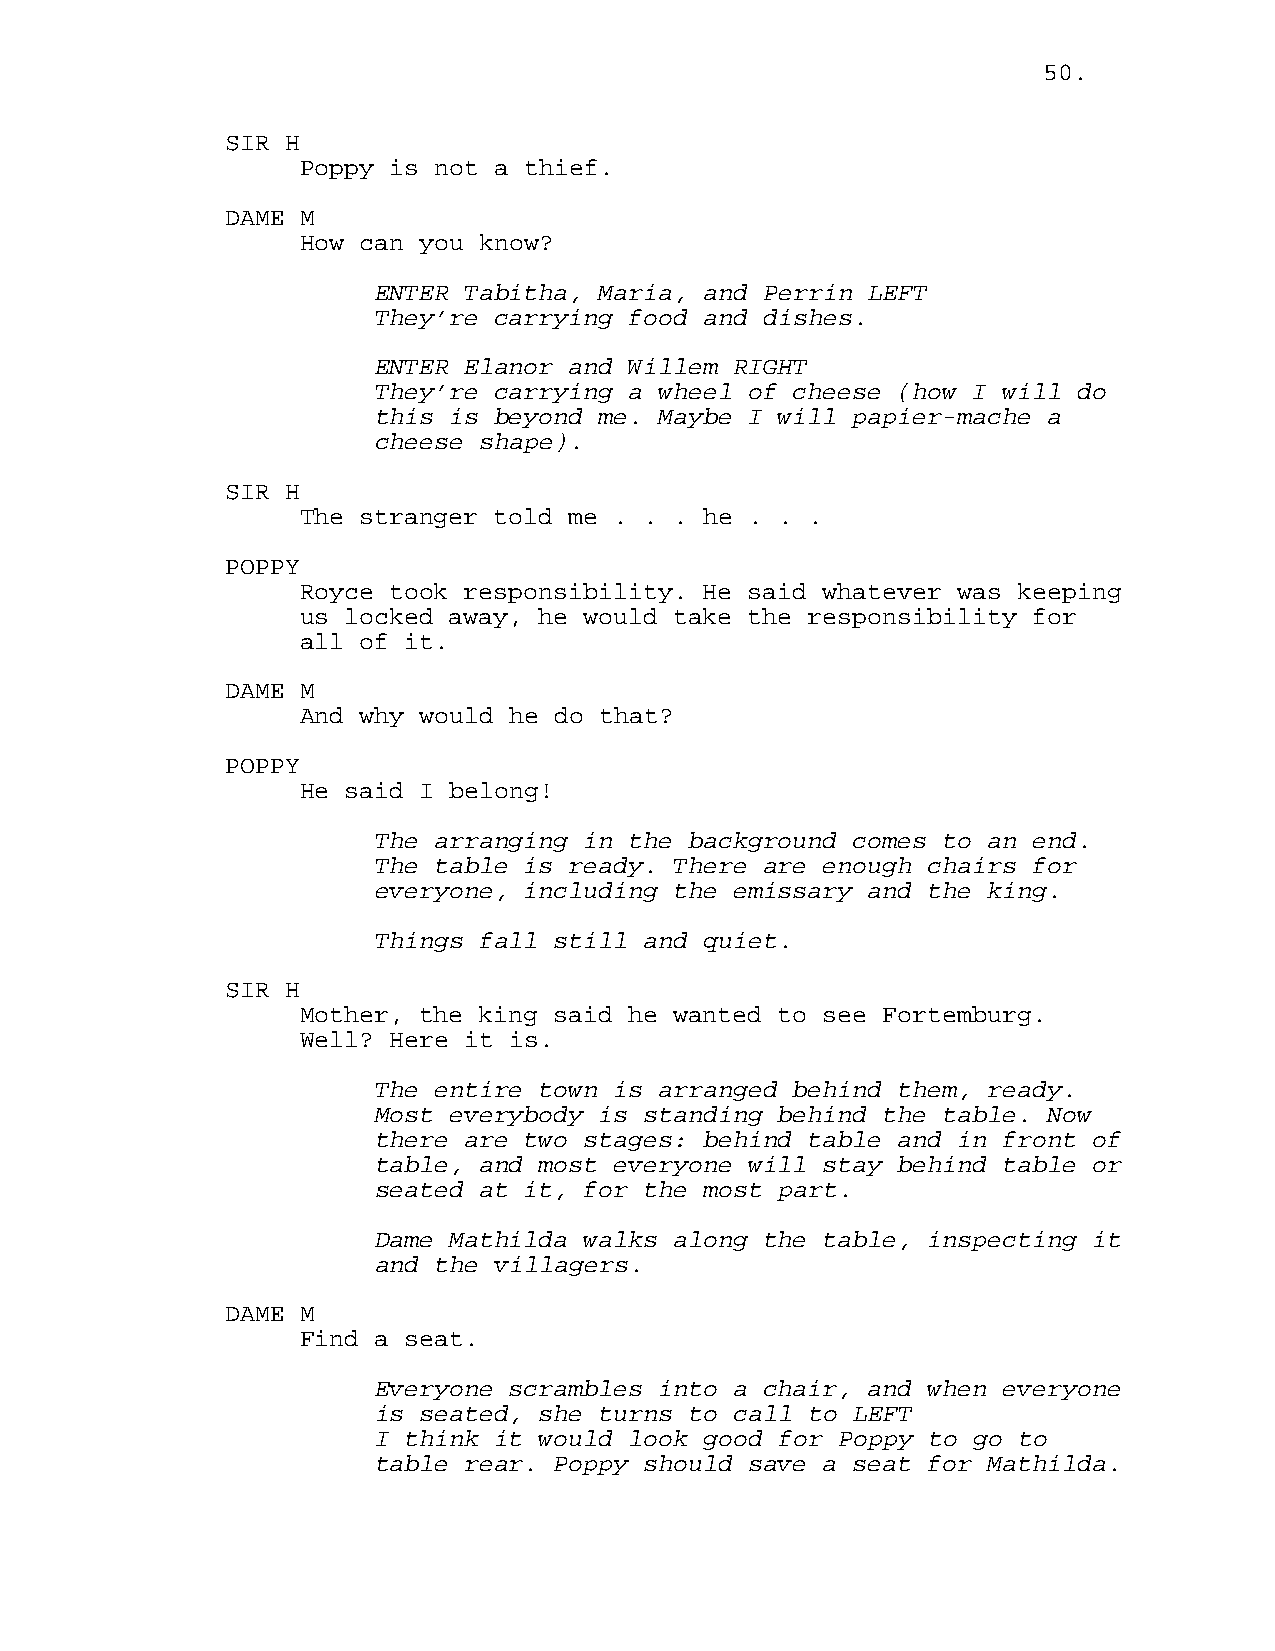
50.
 SIR H
 Poppy is not a thief.
 DAME M
 How can you know?
 ENTER Tabitha, Maria, and Perrin LEFT
 They’re carrying food and dishes.
 ENTER Elanor and Willem RIGHT
 They’re carrying a wheel of cheese (how I will do
 this is beyond me. Maybe I will papier-mache a
 cheese shape).
 SIR H
 The stranger told me . . . he . . .
 POPPY
 Royce took responsibility. He said whatever was keeping
 us locked away, he would take the responsibility for
 all of it.
 DAME M
 And why would he do that?
 POPPY
 He said I belong!
 The arranging in the background comes to an end.
 The table is ready. There are enough chairs for
 everyone, including the emissary and the king.
 Things fall still and quiet.
 SIR H
 Mother, the king said he wanted to see Fortemburg.
 Well? Here it is.
 The entire town is arranged behind them, ready.
 Most everybody is standing behind the table. Now
 there are two stages: behind table and in front of
 table, and most everyone will stay behind table or
 seated at it, for the most part.
 Dame Mathilda walks along the table, inspecting it
 and the villagers.
 DAME M
 Find a seat.
 Everyone scrambles into a chair, and when everyone
 is seated, she turns to call to LEFT
 I think it would look good for Poppy to go to
 table rear. Poppy should save a seat for Mathilda.